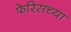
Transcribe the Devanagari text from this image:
फेरिसच्या